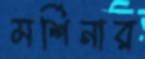
মর্শিনার